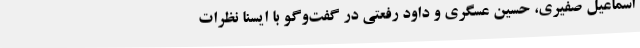
اسماعیل صفیری، حسین عسگری و داود رفعتی در گفت‌وگو با ایسنا نظرات